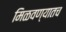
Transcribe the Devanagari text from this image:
मिळवण्यातच